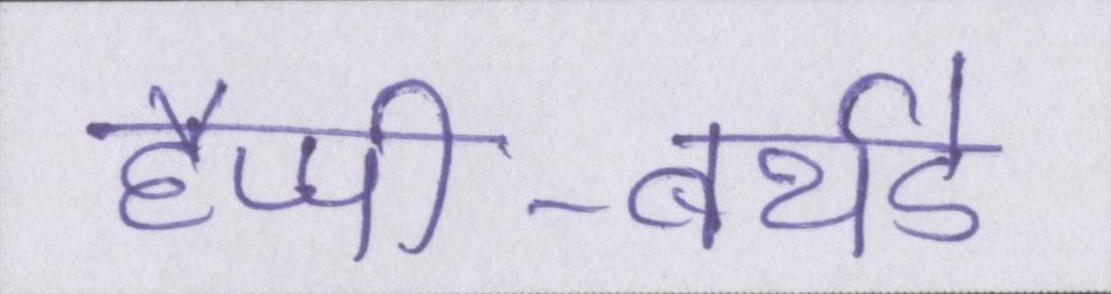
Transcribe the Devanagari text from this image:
हैप्पी-बर्थडे